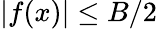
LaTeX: \left|f(x)\right|\le B/2